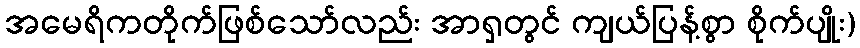
အမေရိကတိုက်ဖြစ်သော်လည်း အာရှတွင် ကျယ်ပြန့်စွာ စိုက်ပျိုး)